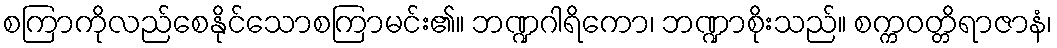
စကြာကိုလည်စေနိုင်သောစကြာမင်း၏။ ဘဏ္ဍဂါရိကော၊ ဘဏ္ဍာစိုးသည်။ စက္ကဝတ္တိရာဇာနံ၊